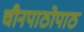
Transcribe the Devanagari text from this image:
चीनपाठोपाठ